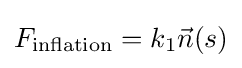
F_{\text{inflation}}=k_{1}{\vec {n}}(s)